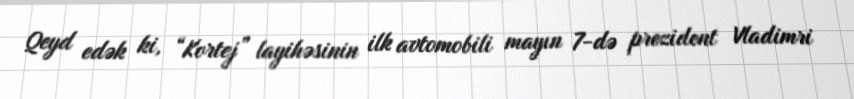
Qeyd edək ki, “Kortej” layihəsinin ilk avtomobili mayın 7-də prezident Vladimri